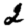
Digit: 2